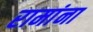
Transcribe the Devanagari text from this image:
रामांना